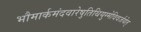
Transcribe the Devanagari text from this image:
भौमार्कमंदवारेषुतिथियुग्मेविवर्जयेत्